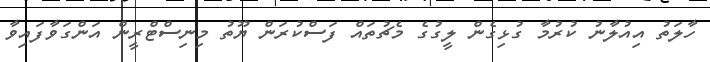
ހާލަތު އިއުލާނު ކުރުމާ ގުޅިގެން ލީގުގެ މެޗުތައް ފަސްކުރަން ޔޫތު މިނިސްޓްރީން އަންގަވާފައިވާ